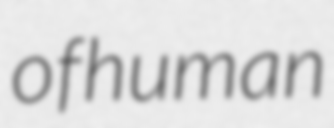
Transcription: of human